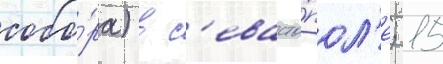
собо́ра) в с'евасто́пол'е; 15